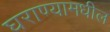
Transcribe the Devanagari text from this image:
घराण्यामधील